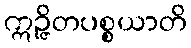
ဣဉ္ဇိတပစ္စယာတိ